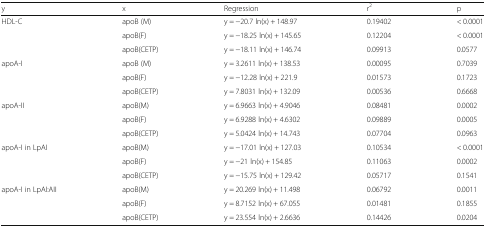
<table><thead><tr><td><b>y</b></td><td><b>x</b></td><td><b>Regression</b></td><td><b>r<sup>2</sup></b></td><td><b>p</b></td></tr></thead><tbody><tr><td>HDL-C</td><td>apoB (M)</td><td>y = −20.7 ln(x) + 148.97</td><td>0.19402</td><td>&lt; 0.0001</td></tr><tr><td></td><td>apoB(F)</td><td>y = −18.25 ln(x) + 145.65</td><td>0.12204</td><td>&lt; 0.0001</td></tr><tr><td></td><td>apoB(CETP)</td><td>y = −18.11 ln(x) + 146.74</td><td>0.09913</td><td>0.0577</td></tr><tr><td>apoA-I</td><td>apoB (M)</td><td>y = 3.2611 ln(x) + 138.53</td><td>0.00095</td><td>0.7039</td></tr><tr><td></td><td>apoB(F)</td><td>y = −12.28 ln(x) + 221.9</td><td>0.01573</td><td>0.1723</td></tr><tr><td></td><td>apoB(CETP)</td><td>y = 7.8031 ln(x) + 132.09</td><td>0.00536</td><td>0.6668</td></tr><tr><td>apoA-II</td><td>apoB(M)</td><td>y = 6.9663 ln(x) + 4.9046</td><td>0.08481</td><td>0.0002</td></tr><tr><td></td><td>apoB(F)</td><td>y = 6.9288 ln(x) + 4.6302</td><td>0.09889</td><td>0.0005</td></tr><tr><td></td><td>apoB(CETP)</td><td>y = 5.0424 ln(x) + 14.743</td><td>0.07704</td><td>0.0963</td></tr><tr><td>apoA-I in LpAI</td><td>apoB(M)</td><td>y = −17.01 ln(x) + 127.03</td><td>0.10534</td><td>&lt; 0.0001</td></tr><tr><td></td><td>apoB(F)</td><td>y = −21 ln(x) + 154.85</td><td>0.11063</td><td>0.0002</td></tr><tr><td></td><td>apoB(CETP)</td><td>y = −15.75 ln(x) + 129.42</td><td>0.05717</td><td>0.1541</td></tr><tr><td>apoA-I in LpAI:AII</td><td>apoB(M)</td><td>y = 20.269 ln(x) + 11.498</td><td>0.06792</td><td>0.0011</td></tr><tr><td></td><td>apoB(F)</td><td>y = 8.7152 ln(x) + 67.055</td><td>0.01481</td><td>0.1855</td></tr><tr><td></td><td>apoB(CETP)</td><td>y = 23.554 ln(x) + 2.6636</td><td>0.14426</td><td>0.0204</td></tr></tbody></table>